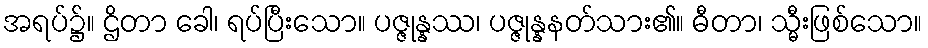
အရပ်၌။ ဌိတာ ခေါ၊ ရပ်ပြီးသော။ ပဇ္ဇုန္နဿ၊ ပဇ္ဇုန္နနတ်သား၏။ ဓီတာ၊ သ္မီးဖြစ်သော။